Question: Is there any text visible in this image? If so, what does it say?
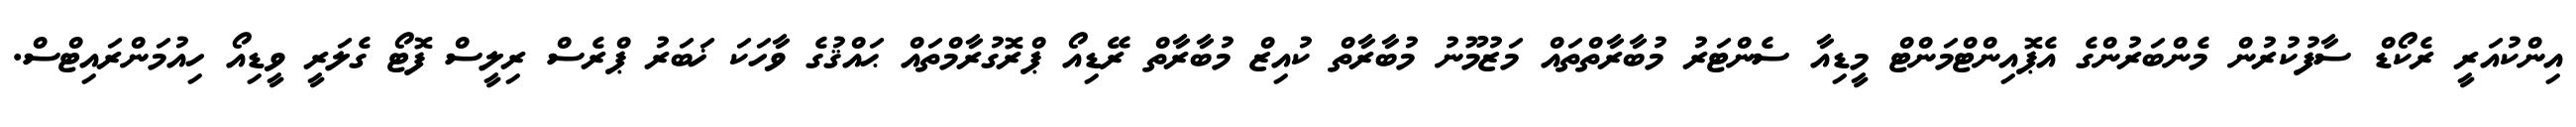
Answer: އިންކުއަރީ ރެކޯޑް ސާފުކުރުން މެންބަރުންގެ އެޕޮއިންޓްމަންޓް މީޑިއާ ސެންޓަރު މުބާރާތްތައް މަޒުމޫނު މުބާރާތް ކުއިޒް މުބާރާތް ރޭޑިއޯ ޕްރޮގުރާމްތައް ޙައްޤުގެ ވާހަކަ ޚަބަރު ޕްރެސް ރިލީސް ފޮޓޯ ގެލަރީ ވީޑިއޯ ހިއުމަންރައިޓްސް.